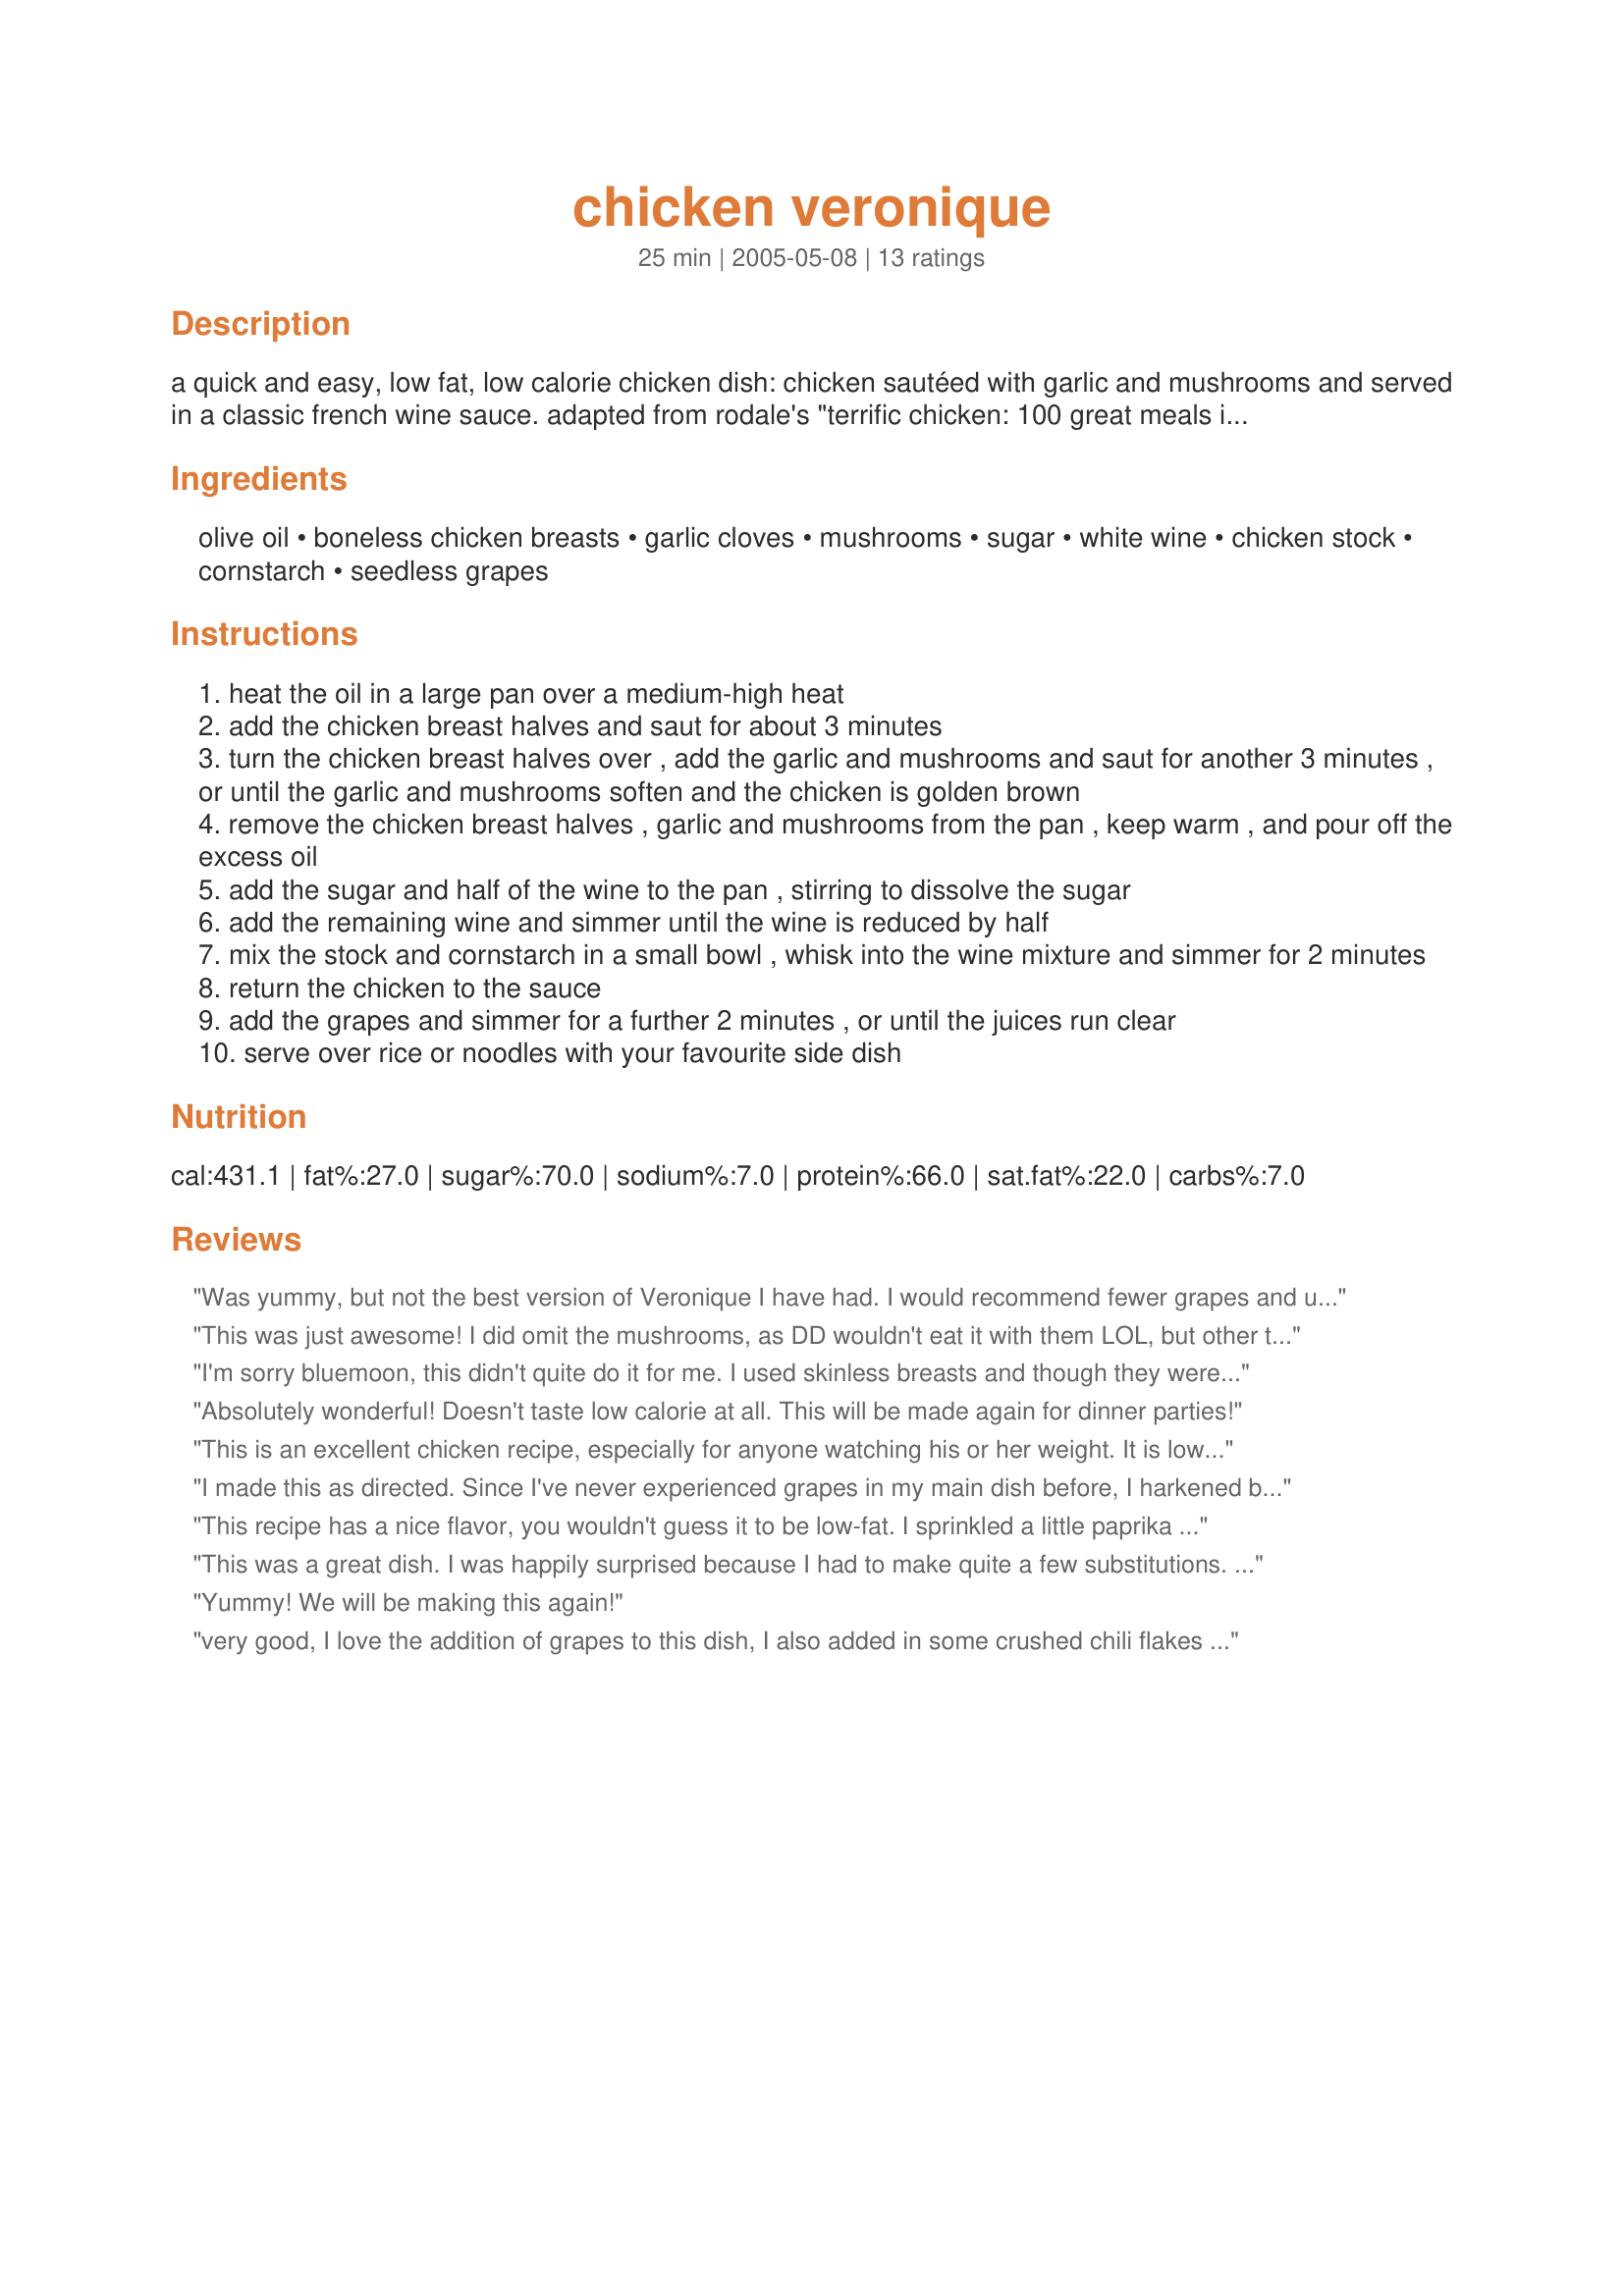
chicken veronique
Preparation time: 25 minutes

a quick and easy, low fat, low calorie chicken dish: chicken sautéed with garlic and mushrooms and served in a classic french wine sauce. adapted from rodale's "terrific chicken: 100 great meals in minutes".

Ingredients:
olive oil, boneless chicken breasts, garlic cloves, mushrooms, sugar, white wine, chicken stock, cornstarch, seedless grapes

Steps:
heat the oil in a large pan over a medium-high heat
add the chicken breast halves and saut for about 3 minutes
turn the chicken breast halves over , add the garlic and mushrooms and saut for another 3 minutes , or until the garlic and mushrooms soften and the chicken is golden brown
remove the chicken breast halves , garlic and mushrooms from the pan , keep warm , and pour off the excess oil
add the sugar and half of the wine to the pan , stirring to dissolve the sugar
add the remaining wine and simmer until the wine is reduced by half
mix the stock and cornstarch in a small bowl , whisk into the wine mixture and simmer for 2 minutes
return the chicken to the sauce
add the grapes and simmer for a further 2 minutes , or until the juices run clear
serve over rice or noodles with your favourite side dish

Reviews:
Was yummy, but not the best version of Veronique I have had. I would recommend fewer grapes and using a bit of butter to balance the olive oil.
This was just awesome!
I did omit the mushrooms, as DD wouldn't eat it with them LOL, but other than that followed the recipe exactly. It was just such a wonderful and different flavour, and we all enjoyed it so much.
Well written and easy to follow recipe...thanks for posting!
I'm sorry bluemoon, this didn't quite do it for me. I used skinless breasts and though they were pounded and I added 3 minutes of cooking at the start they were still quite raw in the finished dish. Found the sugar in the sauce was too much and sort of overwhelmed the other flavors of the dish perhaps 2-3 teaspoons would have sufficed. Since I tend to enjoy more savory dishes, a little less sugar and more mushroom would have better suited me. All that said, I'm glad I tried this and branched out into new culinary terrain.
Absolutely wonderful! Doesn't taste low calorie at all. This will be made again for dinner parties!
This is an excellent chicken recipe, especially for anyone watching his or her weight. It is low fat and low calorie, and it tastes great! Thanks for the recipe.
I made this as directed. Since I've never experienced grapes in my main dish before, I harkened back to my spoiled days when I lived near wine country in California; I thought nostalgically of when I went to the Wente Vineyards winery's awesome restaurant, which is worth every penny for a Step-Mother's Day or birthday splurge! I think I'll check its cookbook, The Vineyard Table, for a similar recipe. I also thought, "Man, this would be awesome with some vineyard grapes!" Alas, my DH didn't like the "sweetness" the grapes added; poor soul didn't realize that there is added sugar! I admit that I have a sweet tooth; DH has the salt tooth; between us we lick the plate clean (kind of like Jack Spratt!). The sauce reduced wonderfully; next time I will double it. I also served on a bed of 5 grams carbs linguine -- very delicious! Thanks, BlueMoon DownUnder! Made for Zaar Stars.
This recipe has a nice flavor, you wouldn't guess it to be low-fat. I sprinkled a little paprika on my chicken even after saute-ing, it was too pale. Next time, I'll only use 1 T sugar and half my grapes for easier forking. Thank you for sharing!!!
This was a great dish. I was happily surprised because I had to make quite a few substitutions. We used chicken breasts for the meat eaters and quorn cutlets for the vegetarians. I had Riesling wine opened so I used that instead of white. And we used veggie stock instead of chicken stock and red globe grapes. I served it over pasta. Thanks for a unique solution to our "what's for dinner" dilemma tonight.
Yummy! We will be making this again!
very good, I love the addition of grapes to this dish, I also added in some crushed chili flakes and increased the garlic amount to 6 large cloves, I sliced the mushrooms in place of chopping and reduced the sugar amount slightly, thanks for sharing bluemoon, we enjoyed this Veronique!
I agree with cutting the grapes in half, definitely makes it easier to eat. The sauce is just fantastic! I pan-seared the chicken breast to make sure it was browned. Perfect! Thanks for a great recipe.
Great taste, very easy, and we will have this again. Thank you for this recipe. Nummy!!
Very easy to make and great flavours which blend well. The only difference I made was to leave the chicken & mushrooms in the wine while reducing as I used very little oil in a non stick pan. This still worked well.
I served this with steamed brocolli and carrots and some potatoes which I microwaved in their skins and then sliced and browned in a little oil in a non stick pan. A great dinner!! Thanks for posting:)
